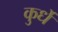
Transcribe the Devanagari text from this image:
कुर्धे